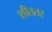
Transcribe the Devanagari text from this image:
शीततर